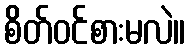
စိတ်ဝင်စားမလဲ။